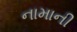
નામાની